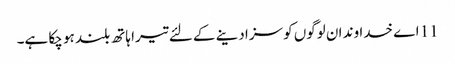
11 اے خدا وند ان لوگوں کو سزا دینے کے لئے تیرا ہاتھ بلند ہو چکا ہے۔